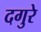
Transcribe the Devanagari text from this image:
दगुरे